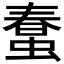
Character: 𧎌